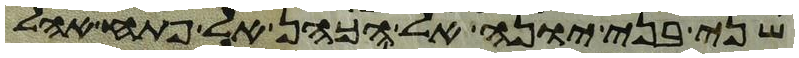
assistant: שני בני יונה אל הכהן אל פתח אהל